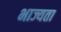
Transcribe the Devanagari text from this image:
भाज्यता